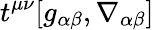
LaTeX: t^{\mu\nu}[g_{\alpha\beta},\nabla_{\alpha\beta}]